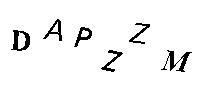
DAPZZM